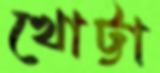
খোট্টা